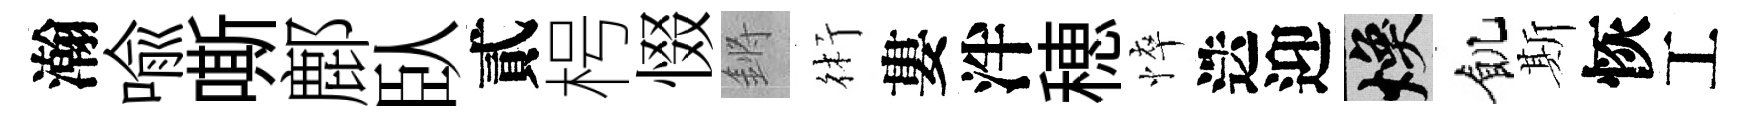
瀚喩嘶鄜臥貳枵惙鏘術婁泮穂悴迭迎焕飢斯恢工